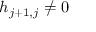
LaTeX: h _ { j + 1 , j } \neq 0